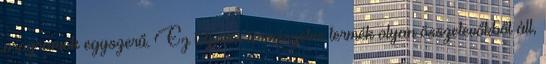
programok egyszerű. Ez teljesen természetes termék olyan összetevőkből áll,